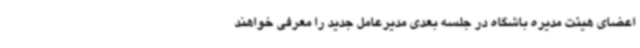
اعضای هیئت مدیره باشگاه در جلسه بعدی مدیرعامل جدید را معرفی خواهند